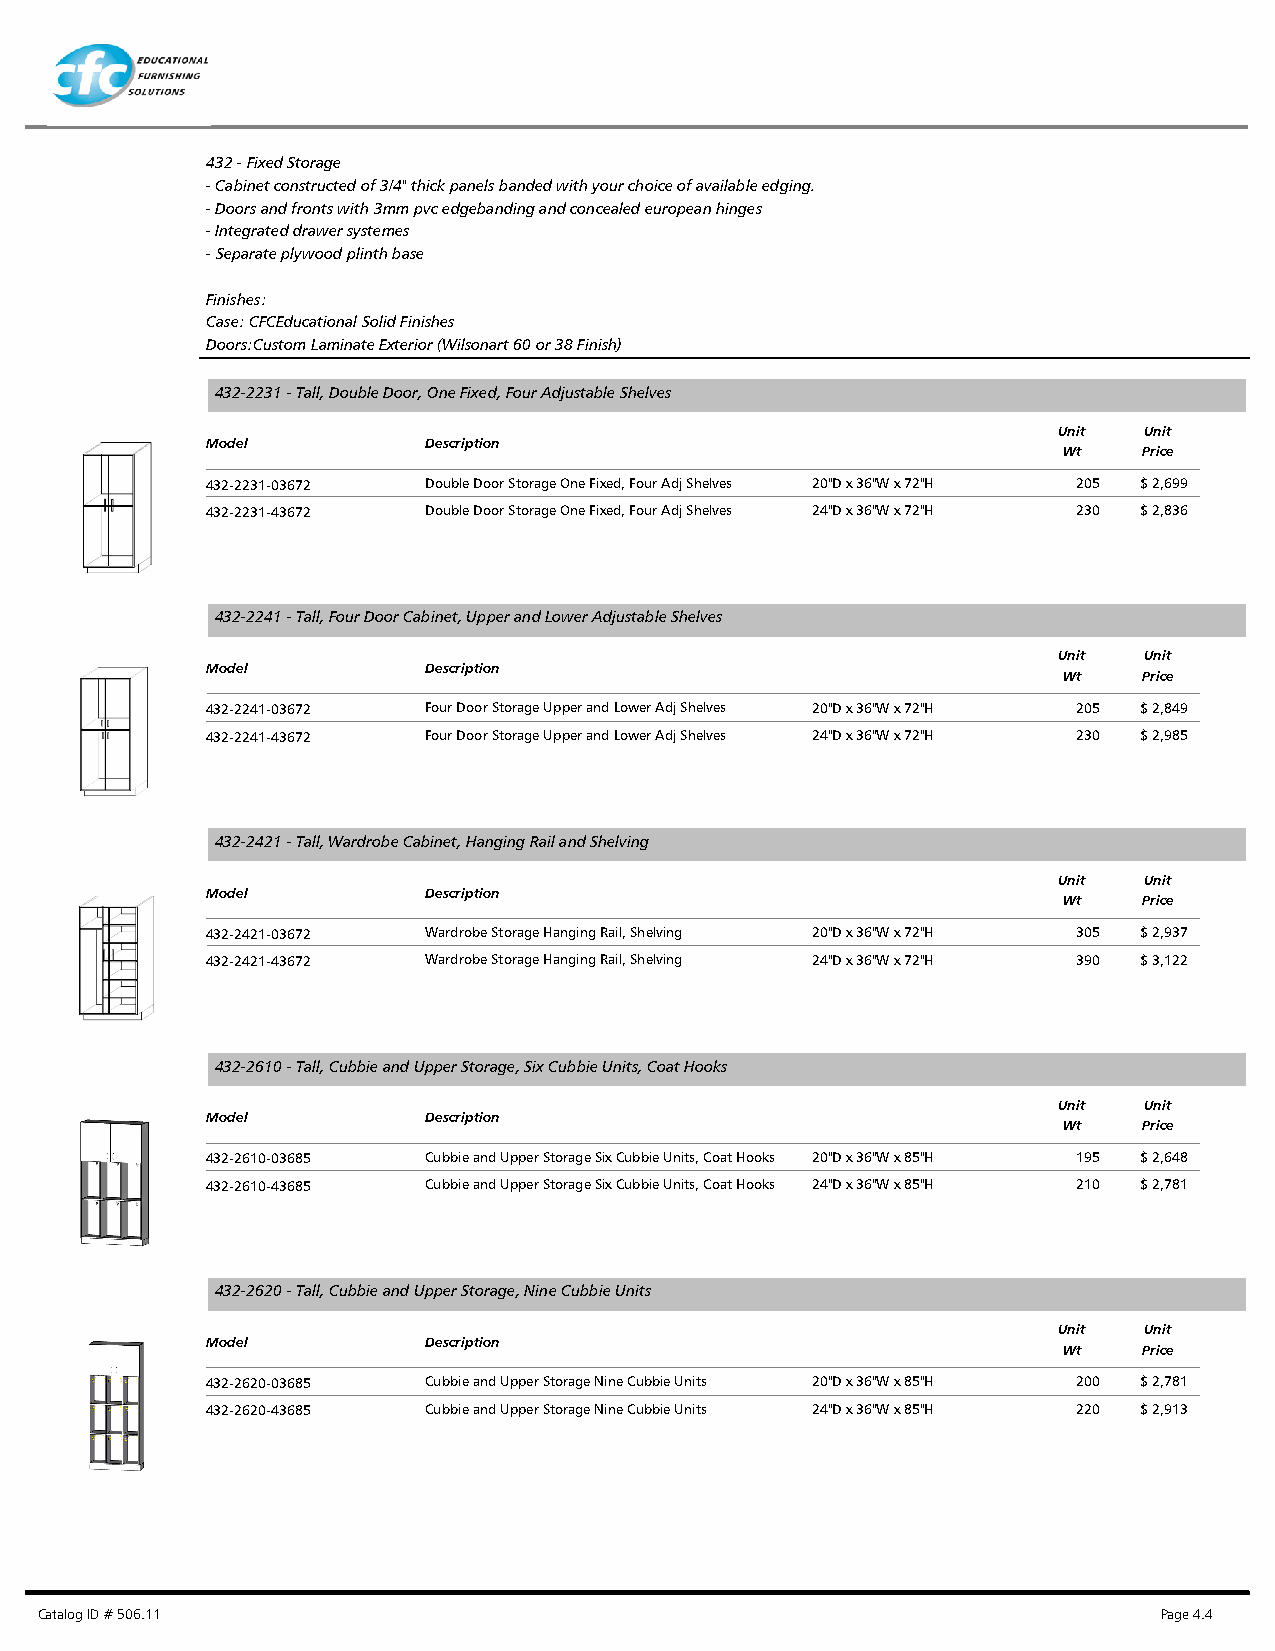
432 - Fixed Storage
 - Cabinet constructed of 3/4" thick panels banded with your choice of available edging.
 - Doors and fronts with 3mm pvc edgebanding and concealed european hinges
 - Integrated drawer systemes
 - Separate plywood plinth base
 Finishes:
 Case: CFCEducational Solid Finishes
 Doors:Custom Laminate Exterior (Wilsonart 60 or 38 Finish)
 432-2231 - Tall, Double Door, One Fixed, Four Adjustable Shelves
 Unit  Unit
 Model         Description
 Wt    Price
 432-2231-03672 Double Door Storage One Fixed, Four Adj Shelves 20"D x 36"W x 72"H 205 $ 2,699
 432-2231-43672 Double Door Storage One Fixed, Four Adj Shelves 24"D x 36"W x 72"H 230 $ 2,836
 432-2241 - Tall, Four Door Cabinet, Upper and Lower Adjustable Shelves
 Unit  Unit
 Model         Description
 Wt    Price
 432-2241-03672 Four Door Storage Upper and Lower Adj Shelves 20"D x 36"W x 72"H 205 $ 2,849
 432-2241-43672 Four Door Storage Upper and Lower Adj Shelves 24"D x 36"W x 72"H 230 $ 2,985
 432-2421 - Tall, Wardrobe Cabinet, Hanging Rail and Shelving
 Unit  Unit
 Model         Description
 Wt    Price
 432-2421-03672 Wardrobe Storage Hanging Rail, Shelving 20"D x 36"W x 72"H 305 $ 2,937
 432-2421-43672 Wardrobe Storage Hanging Rail, Shelving 24"D x 36"W x 72"H 390 $ 3,122
 432-2610 - Tall, Cubbie and Upper Storage, Six Cubbie Units, Coat Hooks
 Unit  Unit
 Model         Description
 Wt    Price
 432-2610-03685 Cubbie and Upper Storage Six Cubbie Units, Coat Hooks 20"D x 36"W x 85"H 195 $ 2,648
 432-2610-43685 Cubbie and Upper Storage Six Cubbie Units, Coat Hooks 24"D x 36"W x 85"H 210 $ 2,781
 432-2620 - Tall, Cubbie and Upper Storage, Nine Cubbie Units
 Unit  Unit
 Model         Description
 Wt    Price
 432-2620-03685 Cubbie and Upper Storage Nine Cubbie Units 20"D x 36"W x 85"H 200 $ 2,781
 432-2620-43685 Cubbie and Upper Storage Nine Cubbie Units 24"D x 36"W x 85"H 220 $ 2,913
 Catalog ID # 506.11                                                        Page 4.4